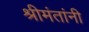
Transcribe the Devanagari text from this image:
श्रीमंतांनी